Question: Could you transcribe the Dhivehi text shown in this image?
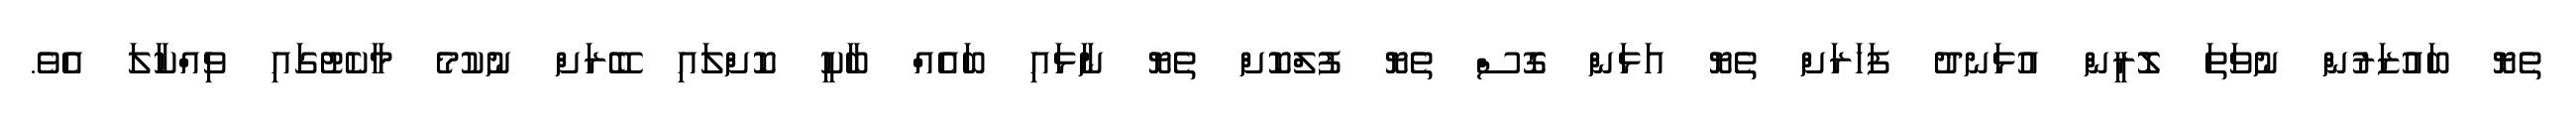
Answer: ތެޔޮ ބައުޒަރުން ނުވަތަ ލޮރީން އުޅަނދު ފަހަރަށް ތެޔޮ އަޅަން ގޮސް ތެޔޮ ފުލްކޮށް ތެޔޮ ނާޅައި ބައެއް ބާކީ ކޮށްލައި ބޭރަށް ނުކުމެ މާކެޓުގައި ވިއްކާލަ އެވެ.